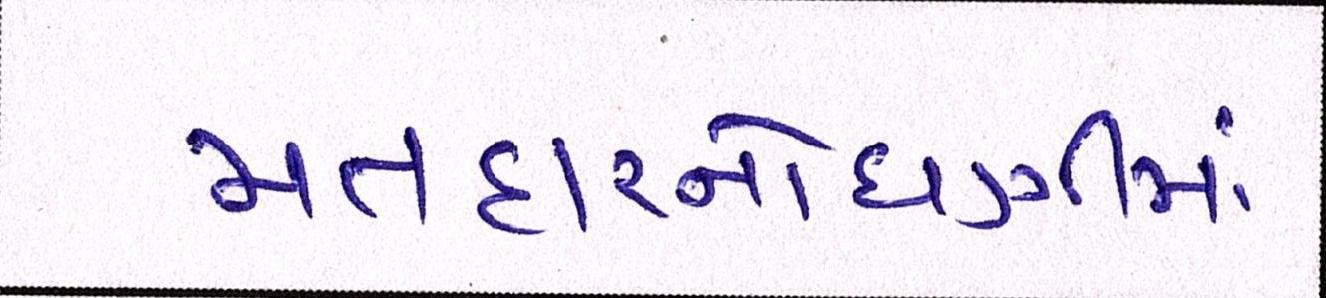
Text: મતદારનોંધણીમાં